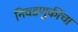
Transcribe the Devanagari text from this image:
निवडणुकींचा